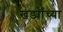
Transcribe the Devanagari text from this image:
खर्ड्यांच्या